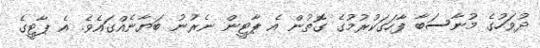
ދުވަހުގެ މުނާސަބާ ފާހަގަކުރުމުގެ ގޮތުން އެ ޕާޓީން ނެރުނު ބަޔާނެއްގައެވެ. އެ ޕާޓީގެ